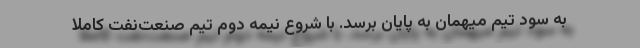
به سود تیم میهمان به پایان برسد. با شروع نیمه دوم تیم صنعت‌نفت کاملا